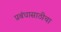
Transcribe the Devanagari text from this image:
प्रबंधासाठीचा